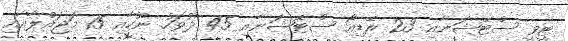
ޓީވީ ސްޓޭޝަނާއި 23 ރޭޑިއޯ ސްޓޭޝަނާއި 45 ދުވަހު ނޫހާއި 15 މަޖައްލާއާއި